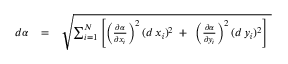
\begin{array} { r l r } { d \alpha } & { = } & { \sqrt { \sum _ { i = 1 } ^ { N } \left[ \left( { \frac { \partial \alpha } { \partial \/ x _ { i } } } \right) ^ { 2 } ( d \, x _ { \it \/ i } ) ^ { 2 } \mathrm { \, ~ + ~ \, } \left( { \frac { \partial \alpha } { \partial \/ y _ { i } } } \right) ^ { 2 } ( d \, y _ { \it \/ i } ) ^ { 2 } \right] \ } } \end{array}